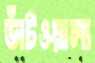
ডাঁটওয়ালা